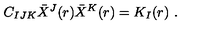
C _ { I J K } \bar { X } ^ { J } ( r ) \bar { X } ^ { K } ( r ) = K _ { I } ( r ) \ .